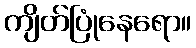
ကျိတ်ပြုံနေရော။